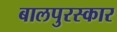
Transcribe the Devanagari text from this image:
बालपुरस्कार